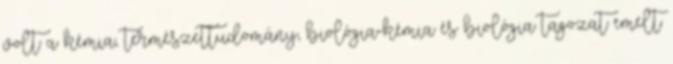
volt a kémia, természettudomány, biológia-kémia és biológia tagozat emelt